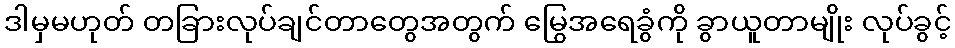
ဒါမှမဟုတ် တခြားလုပ်ချင်တာတွေအတွက် မြွေအရေခွံကို ခွာယူတာမျိုး လုပ်ခွင့်